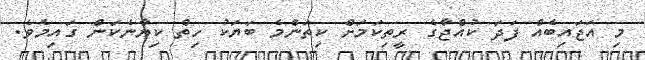
މި އަޖައިބެއް ފަދަ ކުއްޖާގެ ރީތިކަމަށް ކިތަންމެ ބަޔަކު ހިތް ކިޔާނެކަން ގައިމެވެ.